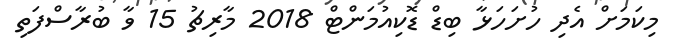
މިކަމަށް އެދި ހުށަހަޅާ ބިޑް ޑޮކިއުމަންޓް 2018 މާރިޗު 15 ވާ ބުރާސްފަތި